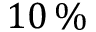
1 0 \, \%